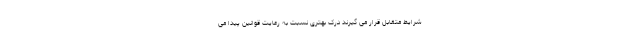
شرایط متقابل قرار می گیرند درک بهتری نسبت به رعایت قوانین پیدا می